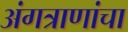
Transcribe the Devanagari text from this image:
अंगत्राणांचा